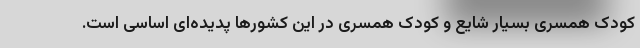
کودک همسری بسیار شایع و کودک همسری در این کشورها پدیده‌ای اساسی است.